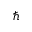
\hbar